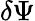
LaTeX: \delta\Psi